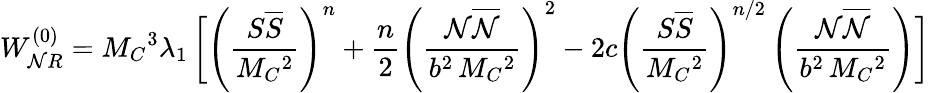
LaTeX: W_{\mathcal{N}R}^{(0)}=M_{C}{}^{3}\lambda_{1}\, \biggl[\left(\frac{{S\overline{{{S}}}}}{{M_{C}{}^{2}}}\right)^{n}+\frac{{n}}{{2}}\left(\frac{{\mathcal{N}\overline{{{\mathcal{N}}}}}}{{b^{2}\, M_{C}{}^{2}}}\right)^{2}-2c\left(\frac{{S\overline{{{S}}}}}{{M_{C}{}^{2}}}\right)^{n/2}\left(\frac{{\mathcal{N}\overline{{{\mathcal{N}}}}}}{{b^{2}\, M_{C}{}^{2}}}\right)\biggr]